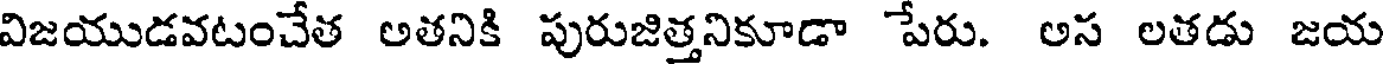
విజయుడవటంచేత అతనికి పురుజిత్తనికూడా పేరు. అస లతడు జయ